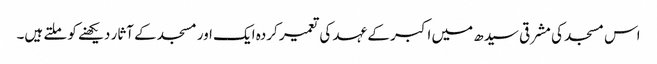
اس مسجد کی مشرقی سیدھ میں اکبر کے عہد کی تعمیر کردہ ایک اور مسجد کے آثار دیکھنے کو ملتے ہیں۔